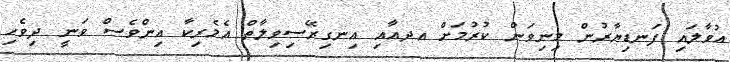
އުވާލައި ފަނޑިޔާރުން މިނިވަން ކުރުމަށް އދއާއި އިނގިރޭސިވިލާތް އެމެރިކާ އިންވެސް ވަނީ ދިވެހި